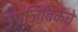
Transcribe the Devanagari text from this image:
उपजिविकेचे